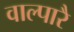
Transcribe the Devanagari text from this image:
वाल्पारै